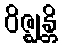
ဝိဇ္ဈန္တိ